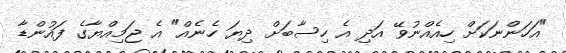
"އަހަންނަކަށް ހިއެއްނުވޭ އަދި އެ ހިސާބަށް ދިޔަ ހެނެއް" އެ ޖަމިއްޔާގެ ފައުންޑާ